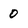
Character: 0